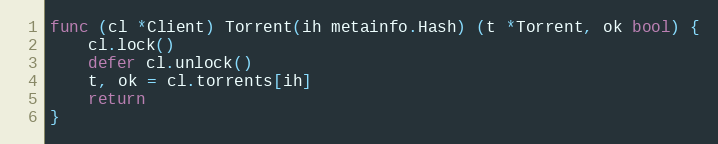
Language: Go
func (cl *Client) Torrent(ih metainfo.Hash) (t *Torrent, ok bool) {
	cl.lock()
	defer cl.unlock()
	t, ok = cl.torrents[ih]
	return
}